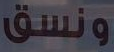
ونسق